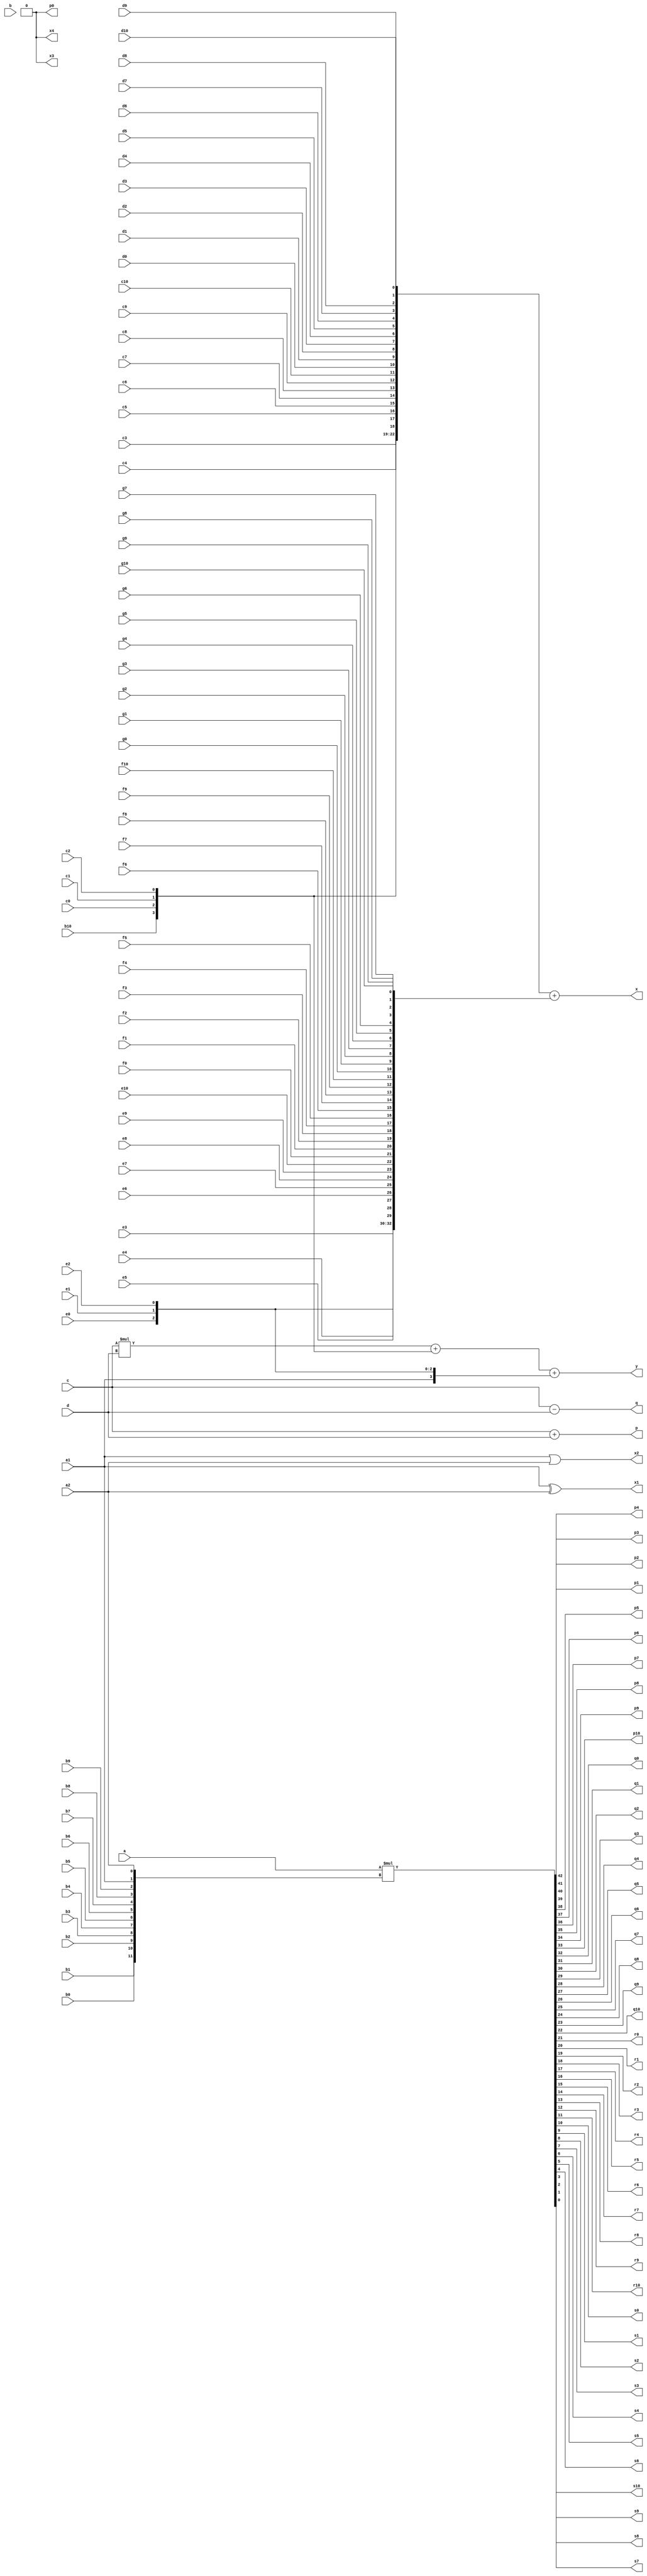
//////////////////////////////////////////////////////////////////////////////////
// Company: 
// Engineer: 
// 
// Design Name: 
// Module Name:    mac 
// Project Name: 
// Target Devices: 
// Tool versions: 
// Description: 
//
// Dependencies: 
//
// Revision: 
// Revision 0.01 - File Created
// Additional Comments: 
//
//////////////////////////////////////////////////////////////////////////////////

module pythonTest1(a1,a2,	//set1
b0,b1,b2,b3,b4,b5,b6,b7,b8,b9,b10,
c0,c1,c2,c3,c4,c5,c6,c7,c8,c9,c10,
d0,d1,d2,d3,d4,d5,d6,d7,d8,d9,d10,
e0,e1,e2,e3,e4,e5,e6,e7,e8,e9,e10,
f0,f1,f2,f3,f4,f5,f6,f7,f8,f9,f10,
g0,g1,g2,g3,g4,g5,g6,g7,g8,g9,g10,
a, b, c,d,
x1,x2,x3,x4,
p0,p1,p2,p3,p4,p5,p6,p7,p8,p9,p10,
q0,q1,q2,q3,q4,q5,q6,q7,q8,q9,q10,
r0,r1,r2,r3,r4,r5,r6,r7,r8,r9,r10,
s0,s1,s2,s3,s4,s5,s6,s7,s8,s9,s10,
x,y,p,q
);

input a1,a2;
input b0,b1,b2,b3,b4,b5,b6,b7,b8,b9,b10, //set2
c0,c1,c2,c3,c4,c5,c6,c7,c8,c9,c10, //set2
d0,d1,d2,d3,d4,d5,d6,d7,d8,d9,d10; //set3
input e0,e1,e2,e3,e4,e5,e6,e7,e8,e9,e10; //set4
input f0,f1,f2,f3,f4,f5,f6,f7,f8,f9,f10, 
g0,g1,g2,g3,g4,g5,g6,g7,g8,g9,g10;
input [30:0] a,		//in1
			 b;
input [15:0] c,d;
output x1,x2,x3,x4;	//set1
output p0,p1,p2,p3,p4,p5,p6,p7,p8,p9,p10;
output q0,q1,q2,q3,q4,q5,q6,q7,q8,q9,q10, //set2
r0,r1,r2,r3,r4,r5,r6,r7,r8,r9,r10,
s0,s1,s2,s3,s4,s5,s6,s7,s8,s9,s10;
output [32:0] x,		// out1
			  y;
output [16:0] p, q;

wire e,f;
wire [4:0] g,
    h;

assign x1 = (a1^a2);
assign x2 = (a1|a2);

assign {x3,x4,p0,p1,p2,p3,p4,p5,p6,p7,p8,p9,p10,
q0,q1,q2,q3,q4,q5,q6,q7,q8,q9,q10,
r0,r1,r2,r3,r4,r5,r6,r7,r8,r9,r10,
s0,s1,s2,s3,s4,s5,s6,s7,s8,s9,s10
} = a*{b0,b1,b2,b3,b4,b5,b6,b7,b8,b9,a1,a2};

assign x = {e,f,b0,b1,b2,b3,b4,b5,b6,b7,b8,b9,b10,c0,c1,c2,c3,c4,c5,c6,c7,c8,c9,c10,d0,d1,d2,d3,d4,d5,d6,d7,d8,d9,d10} + {a2,a1,e0,e1,e2,e3,e4,e5,e6,e7,e8,e9,e10,f0,f1,f2,f3,f4,f5,f6,f7,f8,f9,f10,g0,g1,g2,g3,g4,g5,g6,g7,g8,g9,g10};

assign e = ~a1;
assign f = a1|a2;
assign g = {b10,c0,c1,c2};
assign h = {a1,e0,e1,e2};
assign y = (c*d)+g+h;
assign p = c+d;
assign q=c-d;

endmodule